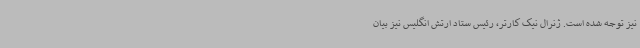
نیز توجه شده است. ژنرال نیک کارتر، رئیس ستاد ارتش انگلیس نیز بیان